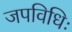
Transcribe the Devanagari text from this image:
जपविधिः